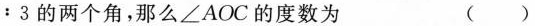
：3$$ 的两个角，那么 ∠AOC 的度数为 ( )